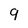
Character: 9